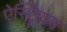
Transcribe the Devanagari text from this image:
ऐस्ट्रियम